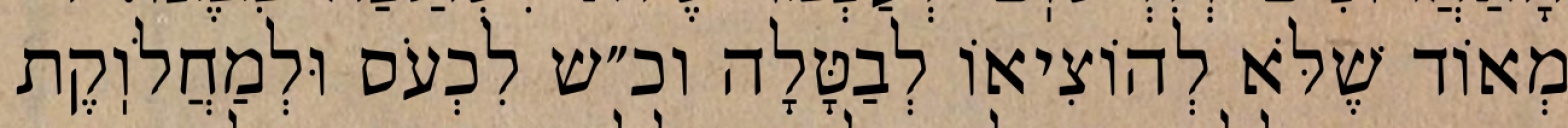
מְאוֹד שֶׁלֹּא לְהוֹצִיאוֹ לְבַטָּלָה וכ״ש לִכְעֹס וּלְמַחֲלֹוֽקֶת